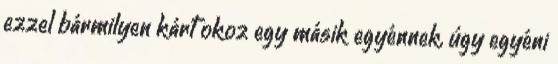
ezzel bármilyen kárt okoz egy másik egyénnek, úgy egyéni